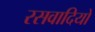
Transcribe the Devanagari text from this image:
रसवादियों